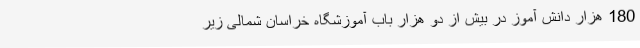
180 هزار دانش آموز در بیش از دو هزار باب آموزشگاه خراسان شمالی زیر